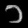
Digit: ၁